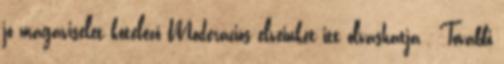
jó magaviselet kötelező Moderációs elveinket itt olvashatja . További